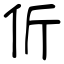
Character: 伒